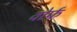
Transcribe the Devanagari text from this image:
वोर्फ़